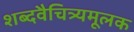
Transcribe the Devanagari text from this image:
शब्दवैचित्र्यमूलक